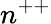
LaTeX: n^{++}